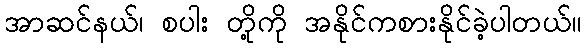
အာဆင်နယ်၊ စပါး တို့ကို အနိုင်ကစားနိုင်ခဲ့ပါတယ်။